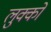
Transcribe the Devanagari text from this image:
लुक्को